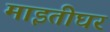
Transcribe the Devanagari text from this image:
माइतीघर